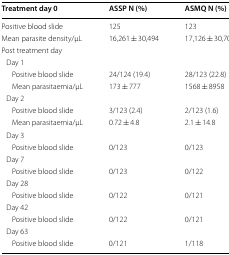
| Treatment day 0 | ASSP N (%) | ASMQ N (%) |
 | --- | --- | --- |
 | Positive blood slide | 125 | 123 |
 | Mean parasite density/μL | 16,261 ± 30,494 | 17,126 ± 30,705 |
 | <COLSPAN=3> Post treatment day |
 | <COLSPAN=3> Day 1 |
 | Positive blood slide | 24/124 (19.4) | 28/123 (22.8) |
 | Mean parasitaemia/μL | 173 ± 777 | 1568 ± 8958 |
 | <COLSPAN=3> Day 2 |
 | Positive blood slide | 3/123 (2.4) | 2/123 (1.6) |
 | Mean parasitaemia/μL | 0.72 ± 4.8 | 2.1 ± 14.8 |
 | <COLSPAN=3> Day 3 |
 | Positive blood slide | 0/123 | 0/123 |
 | <COLSPAN=3> Day 7 |
 | Positive blood slide | 0/123 | 0/122 |
 | <COLSPAN=3> Day 28 |
 | Positive blood slide | 0/122 | 0/121 |
 | <COLSPAN=3> Day 42 |
 | Positive blood slide | 0/122 | 0/121 |
 | <COLSPAN=3> Day 63 |
 | Positive blood slide | 0/121 | 1/118 |